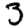
Digit: 3